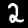
Label: 2